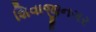
શિવાજીનગર